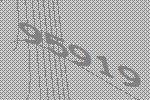
95919